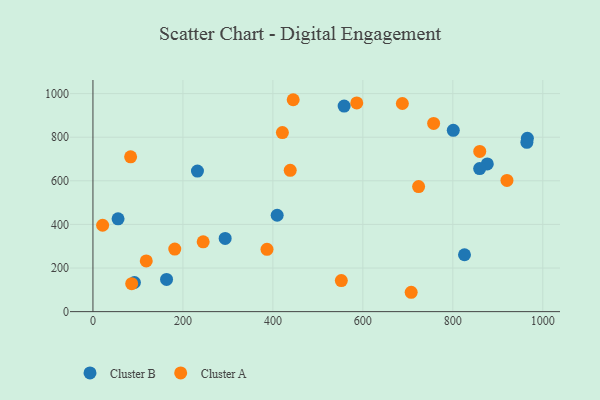
{"axis": {"x": "Distance", "y": "Yield"}, "legend": ["Cluster A", "Cluster B"], "data": [{"x": "965.7", "y": 795.1, "type": "Cluster B"}, {"x": "55.8", "y": 425.7, "type": "Cluster B"}, {"x": "409.5", "y": 442.0, "type": "Cluster B"}, {"x": "163.6", "y": 147.9, "type": "Cluster B"}, {"x": "92.2", "y": 133.6, "type": "Cluster B"}, {"x": "825.9", "y": 260.8, "type": "Cluster B"}, {"x": "293.9", "y": 335.7, "type": "Cluster B"}, {"x": "876.6", "y": 677.4, "type": "Cluster B"}, {"x": "232.3", "y": 644.8, "type": "Cluster B"}, {"x": "964.6", "y": 776.6, "type": "Cluster B"}, {"x": "801.0", "y": 831.6, "type": "Cluster B"}, {"x": "859.6", "y": 656.0, "type": "Cluster B"}, {"x": "558.4", "y": 942.8, "type": "Cluster B"}, {"x": "687.8", "y": 954.7, "type": "Cluster A"}, {"x": "181.9", "y": 286.8, "type": "Cluster A"}, {"x": "83.7", "y": 710.2, "type": "Cluster A"}, {"x": "245.0", "y": 320.4, "type": "Cluster A"}, {"x": "118.5", "y": 232.5, "type": "Cluster A"}, {"x": "920.3", "y": 601.8, "type": "Cluster A"}, {"x": "21.5", "y": 396.2, "type": "Cluster A"}, {"x": "421.1", "y": 821.3, "type": "Cluster A"}, {"x": "438.5", "y": 648.0, "type": "Cluster A"}, {"x": "586.4", "y": 957.1, "type": "Cluster A"}, {"x": "707.4", "y": 88.8, "type": "Cluster A"}, {"x": "859.8", "y": 734.6, "type": "Cluster A"}, {"x": "757.3", "y": 863.3, "type": "Cluster A"}, {"x": "386.9", "y": 285.6, "type": "Cluster A"}, {"x": "86.1", "y": 128.2, "type": "Cluster A"}, {"x": "552.1", "y": 142.3, "type": "Cluster A"}, {"x": "723.9", "y": 573.6, "type": "Cluster A"}, {"x": "445.1", "y": 971.9, "type": "Cluster A"}]}